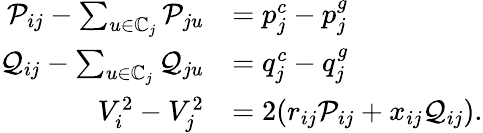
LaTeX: \begin{array}{rl}{\mathcal{P}_{ij}-\sum_{u\in\mathbb{C}_{j}}\mathcal{P}_{ju}}&{=p_{j}^{c}-p_{j}^{g}}\\ {\mathcal{Q}_{ij}-\sum_{u\in\mathbb{C}_{j}}\mathcal{Q}_{ju}}&{=q_{j}^{c}-q_{j}^{g}}\\ {V_{i}^{2}-V_{j}^{2}}&{=2(r_{ij}\mathcal{P}_{ij}+x_{ij}\mathcal{Q}_{ij}).}\end{array}